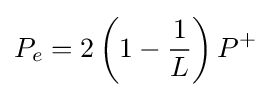
P_{e}=2\left(1-{\frac {1}{L}}\right)P^{+}